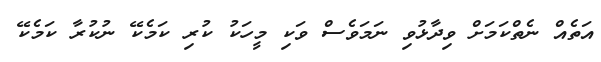
އަތެއް ނެތްކަމަށް ވިދާޅުވި ނަމަވެސް ވަކި މީހަކު ކުރި ކަމެކޭ ނުކުރާ ކަމެކޭ